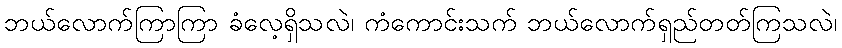
ဘယ်လောက်ကြာကြာ ခံလေ့ရှိသလဲ၊ ကံကောင်းသက် ဘယ်လောက်ရှည်တတ်ကြသလဲ၊